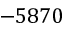
- 5 8 7 0